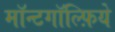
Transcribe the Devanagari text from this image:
मॉन्टगॉल्फ़िये